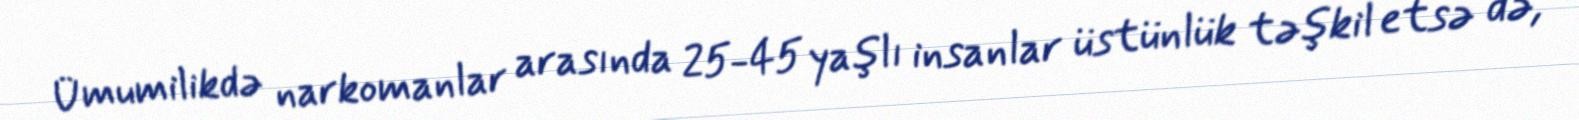
Ümumilikdə narkomanlar arasında 25-45 yaşlı insanlar üstünlük təşkil etsə də,